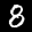
Label: 8